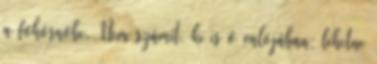
a főhősnőbe. Nem számít, ki is ő valójában; lehetne